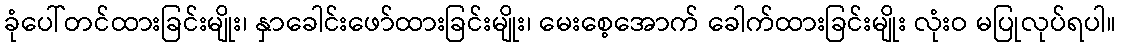
ခုံပေါ်တင်ထားခြင်းမျိုး၊ နှာခေါင်းဖော်ထားခြင်းမျိုး၊ မေးစေ့အောက် ခေါက်ထားခြင်းမျိုး လုံးဝ မပြုလုပ်ရပါ။